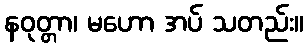
နဝုတ္တာ၊ မဟော အပ် သတည်း။